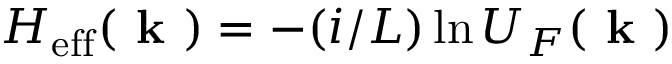
H _ { \mathrm { e f f } } ( \textbf { k } ) = - ( i / L ) \ln { U _ { F } ( \textbf { k } ) }